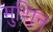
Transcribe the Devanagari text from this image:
मुशिन